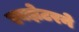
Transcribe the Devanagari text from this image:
एक्झेटरने